Leaving Certificate Examination (including Day School Certificate (Higher) General paper), 1934
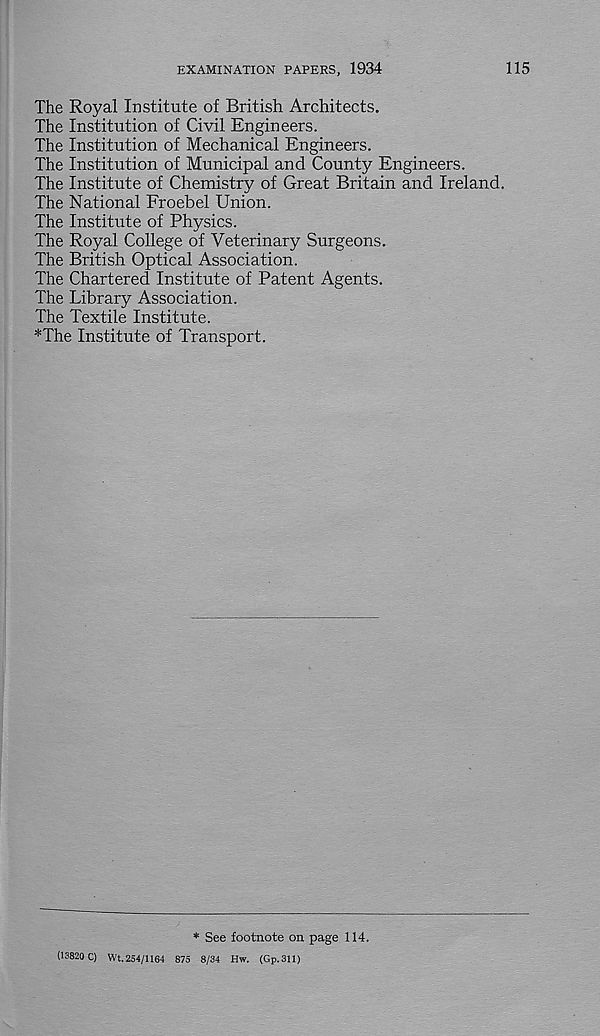
EXAMINATION PAPERS, 1934
115
The Royal Institute of British Architects.
The Institution of Civil Engineers.
The Institution of Mechanical Engineers.
The Institution of Municipal and County Engineers.
The Institute of Chemistry of Great Britain and Ireland.
The National Froebel Union.
The Institute of Physics.
The Royal College of Veterinary Surgeons.
The British Optical Association.
The Chartered Institute of Patent Agents.
The Library Association.
The Textile Institute.
*The Institute of Transport.
* See footnote on page 114.
(13820 C) Wt.254/1164 875 8/34 Hw. (Gp.311)